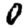
Digit: 0